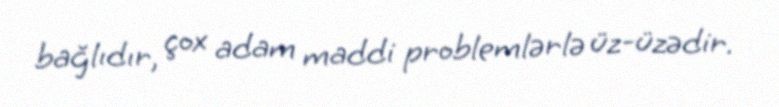
bağlıdır, çox adam maddi problemlərlə üz-üzədir.